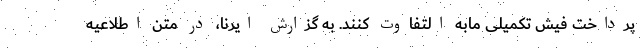
پرداخت فیش تکمیلی مابه التفاوت کنند. به گزارش ایرنا، در متن اطلاعیه